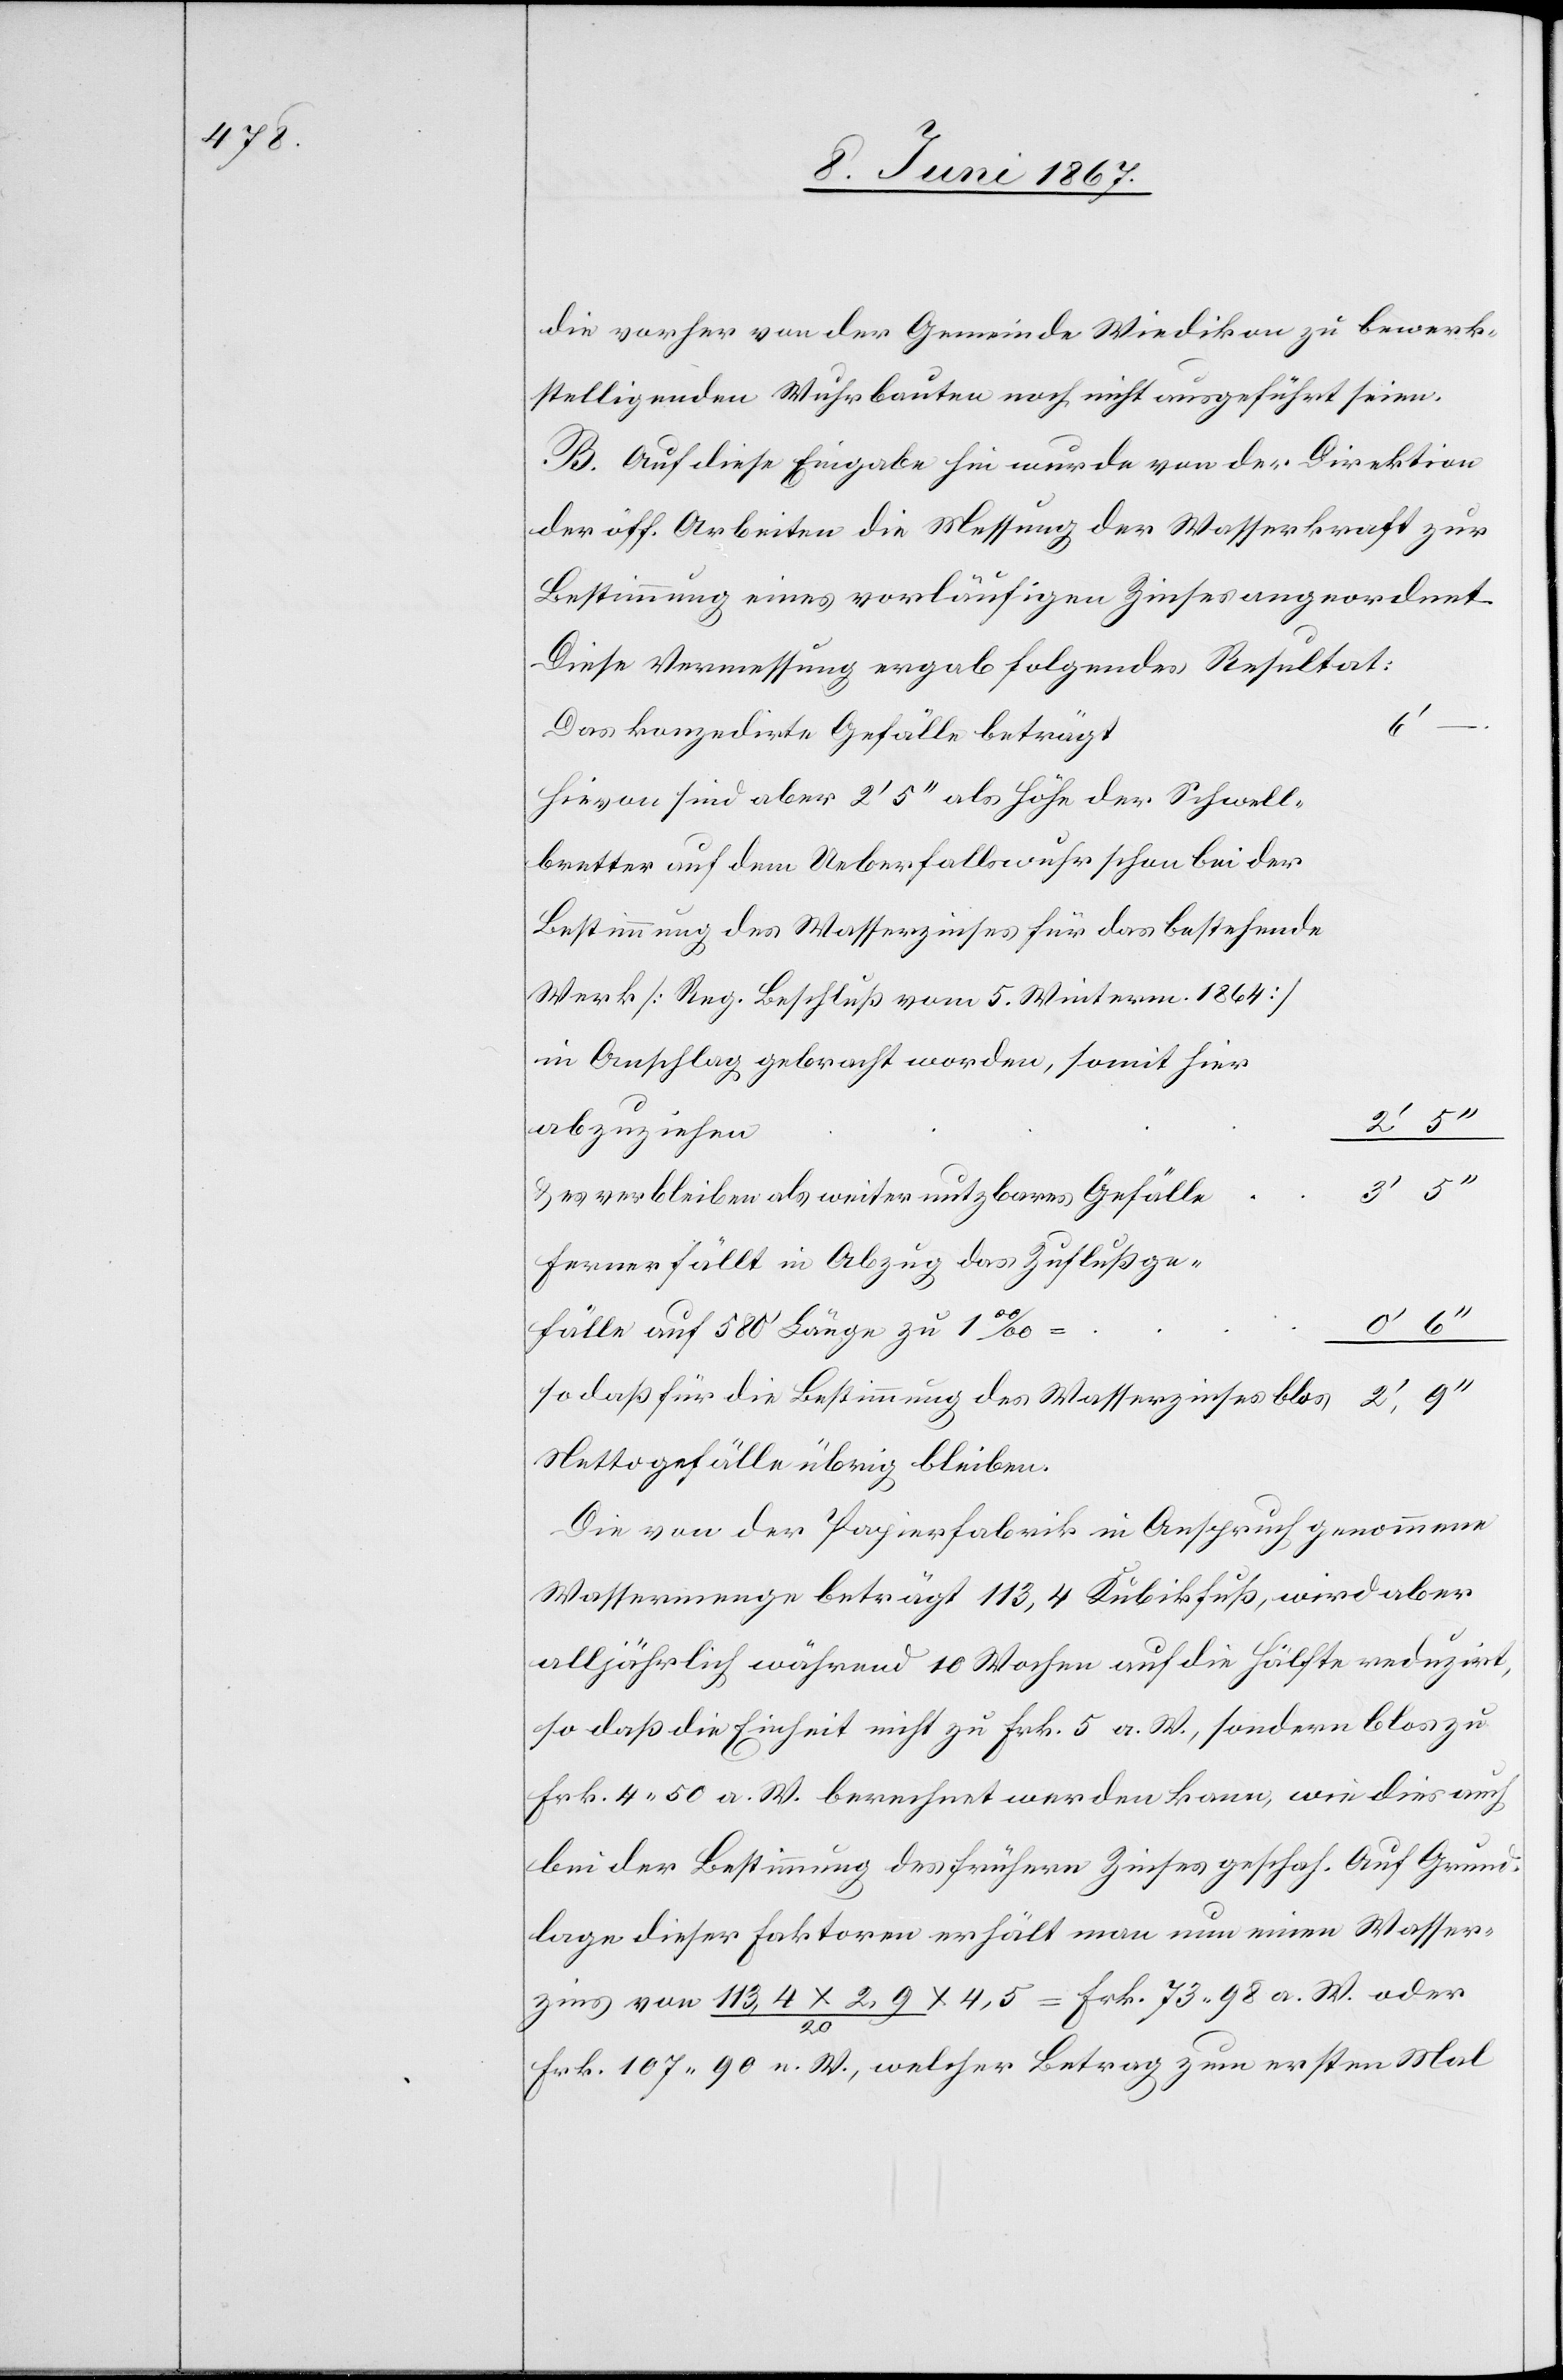
die vorher von der Gemeinde Wiedikon zu bewerk¬
stelligenden Wuhrbauten noch nicht ausgeführt seien.
B. Auf diese Eingabe hin wurde von der Direktion
der öff. Arbeiten die Messung der Wasserkraft zur
Bestimmung eines vorläufigen Zinses angeordnet.
Diese Vermessung ergab folgendes Resultat:
–.
Das konzedirte Gefälle beträg¬
Hievon sind aber 2’ 5’’ als Höhe der Schwell¬
Bestimmung des Wasserzinses für das bestehende
[Reg. Beschluß vom 4. Winterm. 1864]
e						3’
bei der
u. verbleiben als weiter nutzbares Gefäll¬
Ferner fällt in Abzug das Zuflußge¬
fälle auf 580’ Länge zu
so daß für die Bestimmung des Wasserzinses blos				2’,9’’
Nettogefälle übrig bleiben.
Die von der Papierfabrik in Anspruch genommene
Wassermenge beträgt 113,4 Kubikfuß, wird aber
alljährlich während 10 Wochen auf die Hälfte reduzirt,
so daß die Einheit nicht zu Frk. 5 a. W., sondern blos zu
Frk. 4. 50 a. W. berechnet werden kann, wie dies auch
bei der Bestimmung des frühern Zinses geschah. Auf Grund¬
lage dieser Faktoren erhält man nun einen Wasser¬
zins von 113,4 x 2,9 / 20 x 4,5 = Frk. 73. 98 a. W. oder
Frk. 107. 90 n. W., welcher Betrag zum ersten Mal